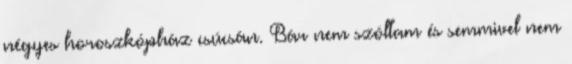
négyes horoszkópház csúcsán. Bár nem szóltam és semmivel nem